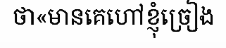
ថា«មានគេហៅខ្ញុំច្រៀង